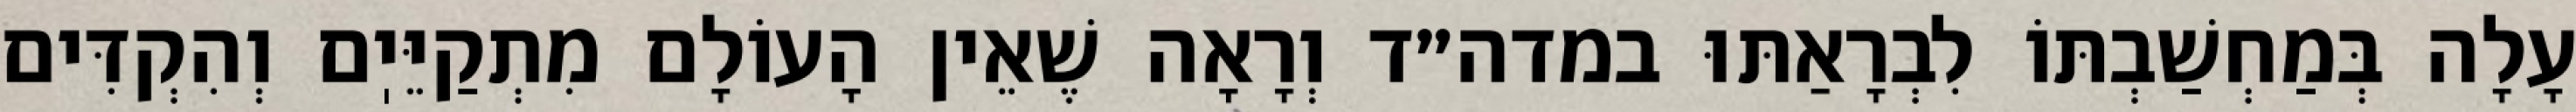
עָלָה בְּמַחְשַׁבְתּוֹ לִבְרָאַתּוּ במדה״ד וְרָאָה שֶׁאֵין הָעוֹלָם מִתְקַיֵּיֽם וְהִקְדִּים